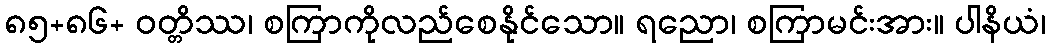
၈၅+၈၆+ ဝတ္တိဿ၊ စကြာကိုလည်စေနိုင်သော။ ရညော၊ စကြာမင်းအား။ ပါနိယံ၊